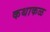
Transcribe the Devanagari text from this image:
कथाकळ